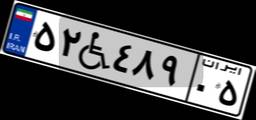
۱۶W۹۲۲۵۰